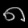
Digit: ၈